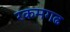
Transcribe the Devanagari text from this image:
रकमगढ